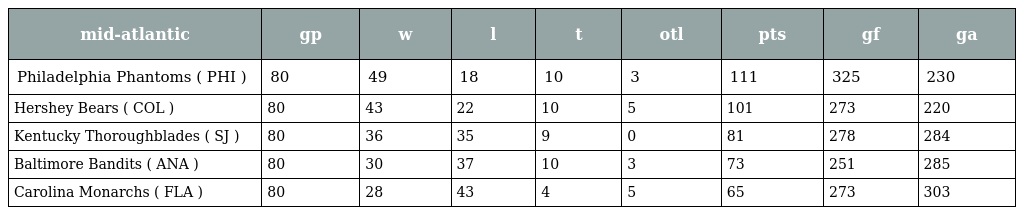
| mid-atlantic | gp | w | l | t | otl | pts | gf | ga |
 | --- | --- | --- | --- | --- | --- | --- | --- | --- |
 | Philadelphia Phantoms ( PHI ) | 80 | 49 | 18 | 10 | 3 | 111 | 325 | 230 |
 | Hershey Bears ( COL ) | 80 | 43 | 22 | 10 | 5 | 101 | 273 | 220 |
 | Kentucky Thoroughblades ( SJ ) | 80 | 36 | 35 | 9 | 0 | 81 | 278 | 284 |
 | Baltimore Bandits ( ANA ) | 80 | 30 | 37 | 10 | 3 | 73 | 251 | 285 |
 | Carolina Monarchs ( FLA ) | 80 | 28 | 43 | 4 | 5 | 65 | 273 | 303 |